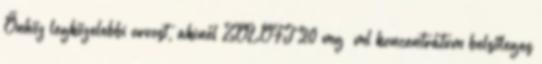
Önhöz legközelebbi orvost, akinél ZOLOFT 20 mg ml koncentrátum belsőleges